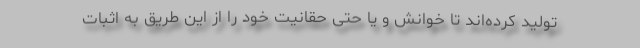
تولید کرده‌اند تا خوانش و یا حتی حقانیت خود را از این طریق به اثبات